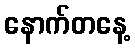
နောက်တနေ့